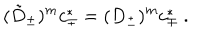
( \tilde { D } _ { \pm } ) ^ { m } c _ { \mp } ^ { * } = ( D _ { \pm } ) ^ { m } c _ { \mp } ^ { * } \ .